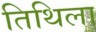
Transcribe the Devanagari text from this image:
तिथिला